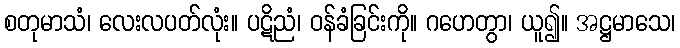
စတုမာသံ၊ လေးလပတ်လုံး။ ပဋိညံ၊ ဝန်ခံခြင်းကို။ ဂဟေတွာ၊ ယူ၍။ အဋ္ဌမာသေ၊